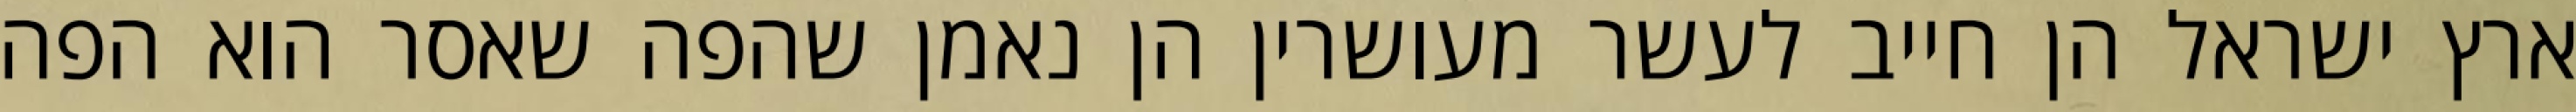
ארץ ישראל הן חייב לעשר מעושרין הן נאמן שהפה שאסר הוא הפה